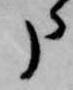
申